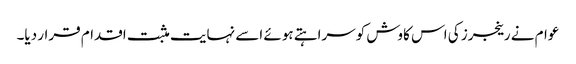
عوام نے رینجرز کی اس کاوش کوسراہتے ہوئے اسے نہایت مثبت اقدام قرار دیا۔